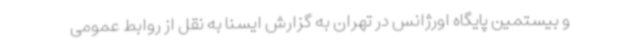
و بیستمین پایگاه اورژانس در تهران به گزارش ایسنا به نقل از روابط عمومی